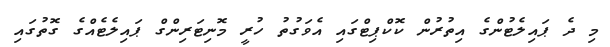
މި ދެ ޕައިލެޓުންގެ އިތުރުން ކޮކްޕިޓްގައި އެވަގުތު ހުރީ މޮނިޓަރިންގް ޕައިލެޓެއްގެ ގޮތުގައި